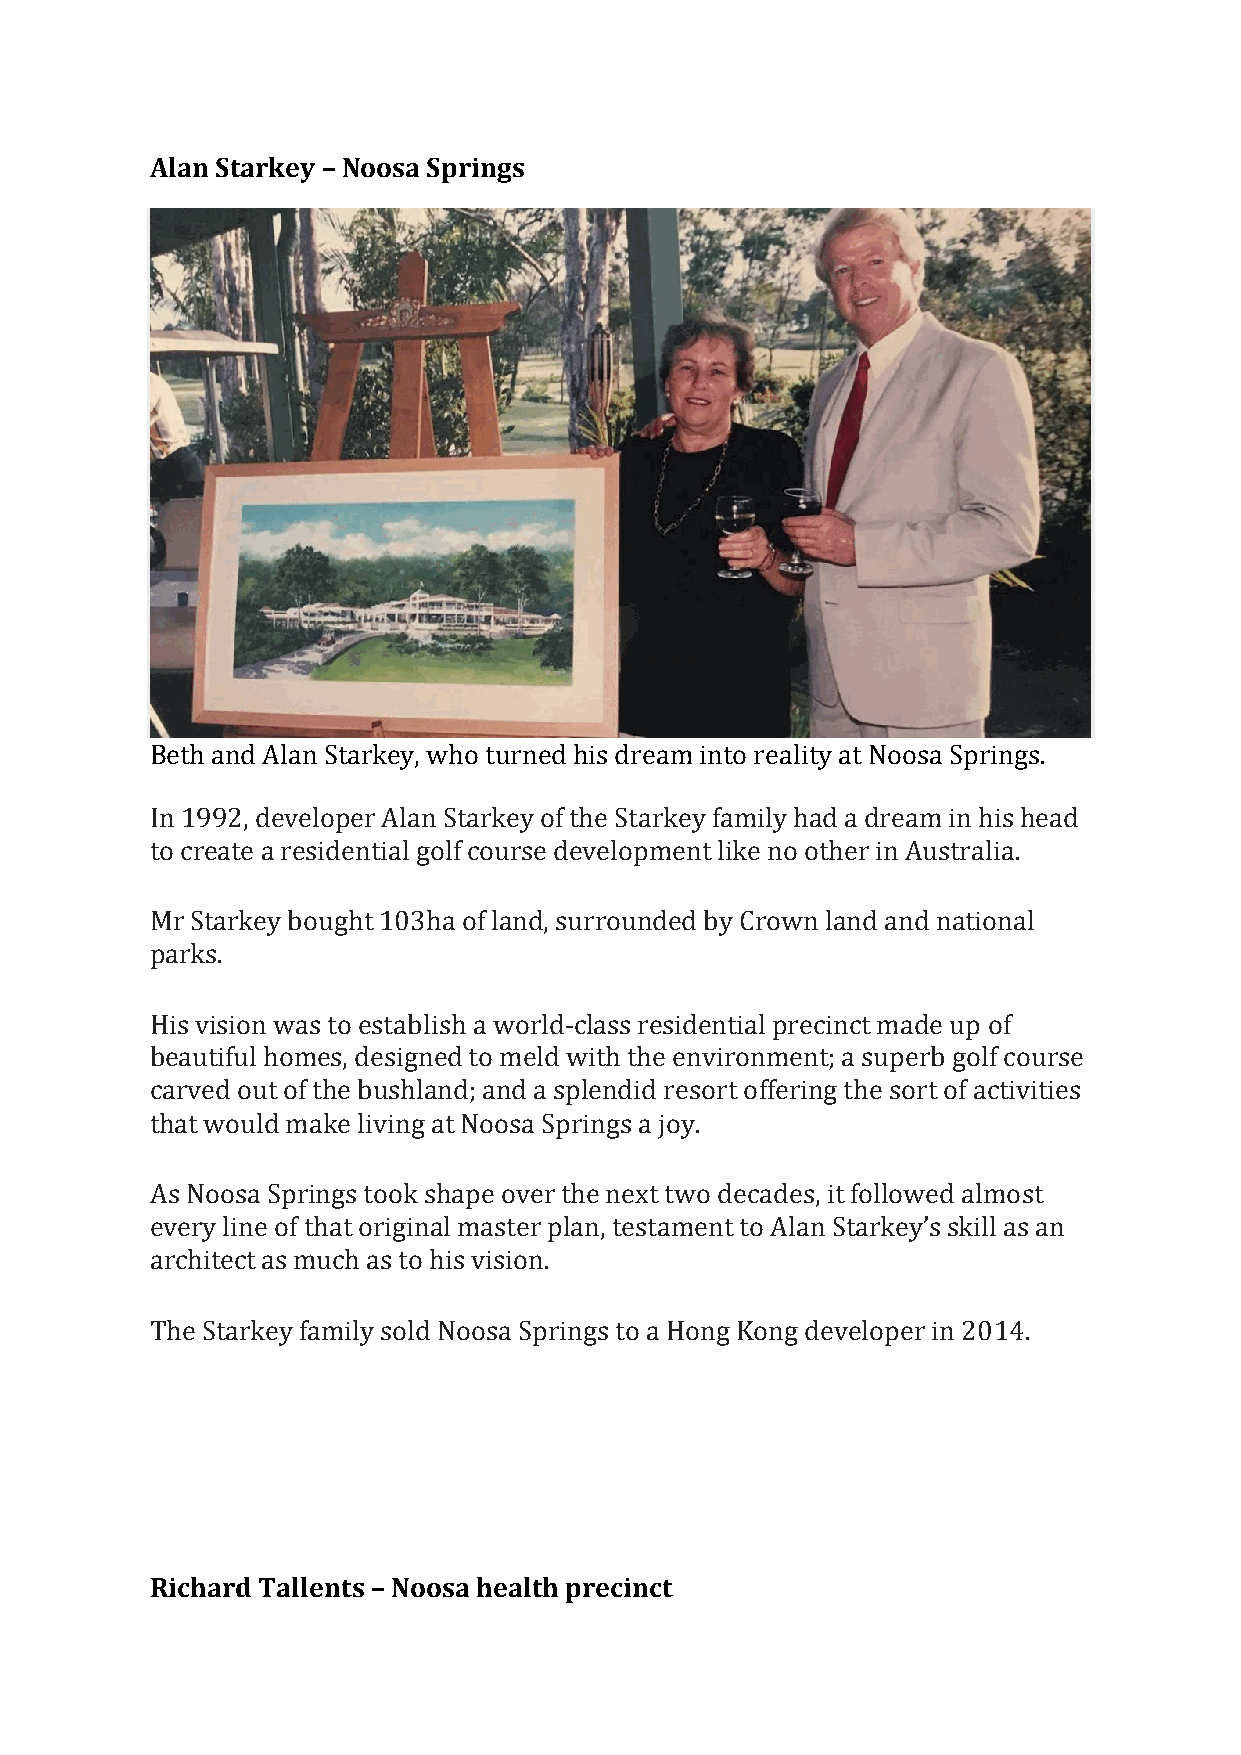
Alan Starkey – Noosa Springs
 Beth and Alan Starkey, who turned his dream into reality at Noosa Springs.
 In 1992, developer Alan Starkey of the Starkey family had a dream in his head
 to create a residential golf course development like no other in Australia.
 Mr Starkey bought 103ha of land, surrounded by Crown land and national
 parks.
 His vision was to establish a world-class residential precinct made up of
 beautiful homes, designed to meld with the environment; a superb golf course
 carved out of the bushland; and a splendid resort offering the sort of activities
 that would make living at Noosa Springs a joy.
 As Noosa Springs took shape over the next two decades, it followed almost
 every line of that original master plan, testament to Alan Starkey’s skill as an
 architect as much as to his vision.
 The Starkey family sold Noosa Springs to a Hong Kong developer in 2014.
 Richard Tallents – Noosa health precinct